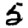
Digit: 5